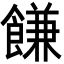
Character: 䭑